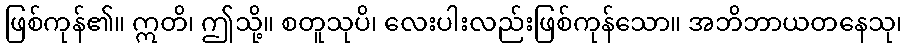
ဖြစ်ကုန်၏။ ဣတိ၊ ဤသို့။ စတူသုပိ၊ လေးပါးလည်းဖြစ်ကုန်သော။ အဘိဘာယတနေသု၊